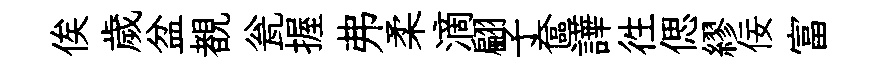
俟歲盆覩瓮握弗柔滴翩子奩譁徃偲繆佞富